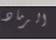
الرماد